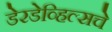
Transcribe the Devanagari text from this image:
डेरडेव्हिल्सचे